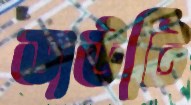
ডাউটি